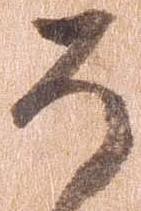
そ